Civil Veterinary Department. United Provinces 1932-42 - 1932-1942
Year: 1932
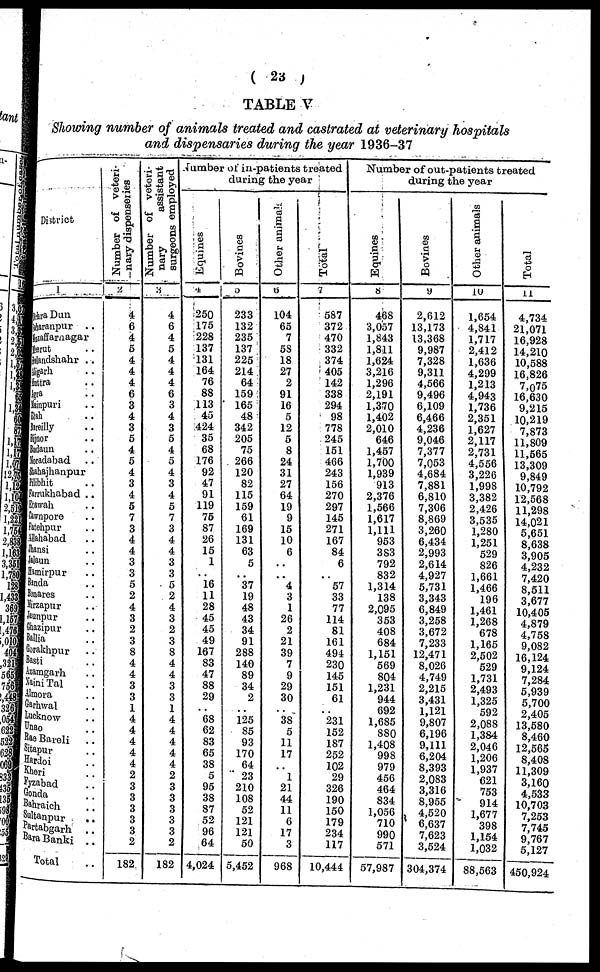
(23)
TABLE V
Showing number of animals treated and castrated at veterinary hospitals
and dispensaries during the year 1936-37
District
1
Dhra Dun
Mharanpur ..
Muzaffarnagar
Meerut ..
Shandshahr . .
Higarh ..
Httra ..
Agra ..
Sainpuri ..
Etah ..
Bneilly ..
Bijnor ..
Budaun ..
Moradabad ..
Shahajhanpur
Pilibhit ..
Sarrakhabad ..
Etawah ..
Cawnpore ..
Fatehpur ..
Allahabad
Jhansi ..
Lalaun ..
Hamirapur ..
Binda ..
Benares ..
Mizapur ..
leunpur ..
Ghazipur ..
Ballia ..
Gorakhpur ..
Basti
Azamgarh ..
Naini Tal ..
Almora ..
Garhwal ..
Lucknow ..
Unao ..
Rae Bareli ..
Sitapur ..
Hardoi ..
Kheri ..
Fyzabad ..
Gonda ..
Bahraich ..
Sultanpur ..
Partabgarh ..
Bara Banki ..
Total ..
Number of veteri-
nary dispenseries
2
4
6
4
5
4
4
4
6
3
4
3
5
4
5
4
3
4
5
7
3
4
4
3
3
5
2
4
3
2
3
8
4
4
3
3
1
4
4
4
4
4
9
3
3
3
3
3
2
182
Number of veteri-
nary
assistant
surgeons
employed
3
4
6
4
5
4
4
4
6
3
4
3
5
4
5
4
3
4
5
7
3
4
4
3
3
5
2
4
3
2
3
8
4
4
3
3
1
4
4
4
4
4
9
3
3
3
3
3
2
182
Number of in-patients treated
during the year
Equines
4
250
175
228
137
131
164
76
88
113
45
424
35
68
176
92
47
91
119
76
87
26
15
1
..
16
11
28
45
45
49
167
83
47
88
29
..
68
62
83
65
38
5
95
38
87
52
96
64
4,024
Bovines
5
233
132
235
137
225
214
64
159
165
48
342
205
75
266
120
82
115
159
61
169
131
63
5
..
37 19
48
43
34
91
288
140
89
34
2
..
125
85
93
170
64
23
210
108
52
121
121
50
5,452
Other animal
6
104
65
7
58
18
27
2
91
16
5
12
5
8
24
31
27
64
19
9
15
10
6
..
..
4 3
1
26
2
21
39
7
9
29
30
..
38
5
11
17
1
21
44
11
6
17
3
968
Total
7
587
372
470
332
374
405
142
338
294
98
778
245
151
466
243
156
270
297
145
271
167
84
6
..
57
33
77
114
81
161
494
230
145
151
61
..
231
152
187
252
102
29
326
190
150
179
234
117
10,444
Number of out-patients treated
during the year
Equines
6
468
3,057
1,843
1,841
1,624
3,216
1,296
2,191
1,370
1,402
2,010
646
1,457
1,700
1,939
913
2,376
1,566
1,617
1,111
953
383
792
832
1,314
138
2,095
353
408
684
1,151
569
804
1,231
944
692
1,685
880
1,408
998
979
456
464
834
1,056
710
990
571
57,987
Bovines
9
2,612
13,173
13,368
9,987
7,328
9,311
4,566
9,496
6,109
6,466
4,236
9,046
7,377
7,053
4,684
7,881
6,810
7,306
8,569
3,260
6,434
2,993
2,614
4,927
5.731
3,343
6,849
3,258
3,672
7,233
12,471
8,026
4,749
2,215
3,431
1,121
9,807
6,196
9,111
6,204
8,393
2,083
3,316
8,955
4,520
6.637
7,623
3,524
304,374
Other animals
10
1,654
4,841
1,717
2,412
1,636
4,299
1,213
4,943
1,736
2,351
1,627
2,117
2,731
4,556
3,226
1,998
3.382
2,426
3,535
1,280
1,251
529
826
1,661
1,466
196
1,461
1,268
678
1,165
2,502
529
1,731
2,493
1,325
592
2,088
1,384
2,046
1,206
1,937
621
753
914
1,677
398
1,154
1,032
88,563
Total
11
4,734
21,071
16,928
14,210
10.588
16,826
7,075
16,630
9,215
10,219
7,873
11,809
11,565
13,309
9,849
10,792
12,568
11,298
14.021
5,651
8,638
3,905
4,232
7,420
8,511
3,677
10,405
4,879
4,755
9,082
16,124
9,124
7,284
5,939
5,700
2,405
13,580
8,460
12,565
8,408
11,309
3,160
4,533
10,703
7,253
7,745
9,767
5,127
450,924